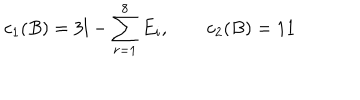
c _ { 1 } ( B ) = 3 l - \sum _ { r = 1 } ^ { 8 } E _ { i } , \qquad c _ { 2 } ( B ) = 1 1